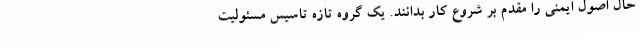
حال اصول ایمنی را مقدم بر شروع کار بدانند. یک گروه تازه تاسیس مسئولیت